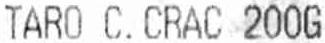
TARO C.CRAC 200G